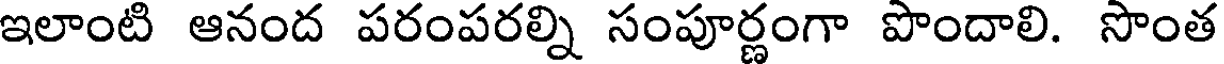
ఇలాంటి ఆనంద పరంపరల్ని సంపూర్ణంగా పొందాలి. సొంత